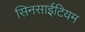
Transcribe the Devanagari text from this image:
सिनसाईटियम